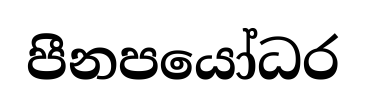
පීනපයෝධර